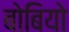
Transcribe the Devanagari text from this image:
बोबियो